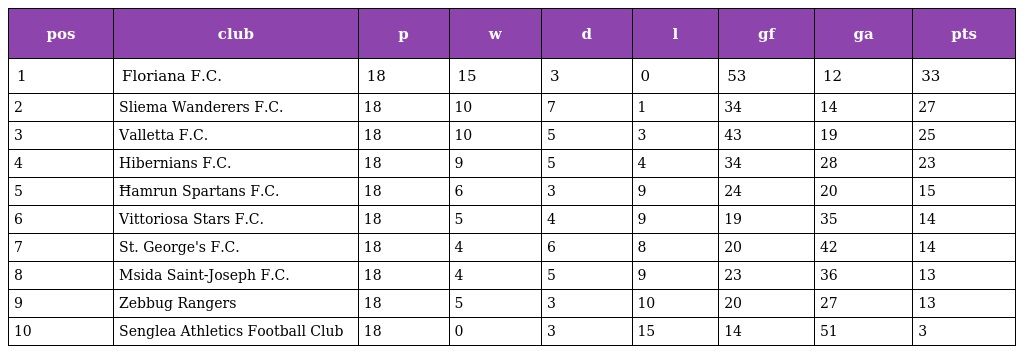
| pos | club | p | w | d | l | gf | ga | pts |
 | --- | --- | --- | --- | --- | --- | --- | --- | --- |
 | 1 | Floriana F.C. | 18 | 15 | 3 | 0 | 53 | 12 | 33 |
 | 2 | Sliema Wanderers F.C. | 18 | 10 | 7 | 1 | 34 | 14 | 27 |
 | 3 | Valletta F.C. | 18 | 10 | 5 | 3 | 43 | 19 | 25 |
 | 4 | Hibernians F.C. | 18 | 9 | 5 | 4 | 34 | 28 | 23 |
 | 5 | Ħamrun Spartans F.C. | 18 | 6 | 3 | 9 | 24 | 20 | 15 |
 | 6 | Vittoriosa Stars F.C. | 18 | 5 | 4 | 9 | 19 | 35 | 14 |
 | 7 | St. George's F.C. | 18 | 4 | 6 | 8 | 20 | 42 | 14 |
 | 8 | Msida Saint-Joseph F.C. | 18 | 4 | 5 | 9 | 23 | 36 | 13 |
 | 9 | Zebbug Rangers | 18 | 5 | 3 | 10 | 20 | 27 | 13 |
 | 10 | Senglea Athletics Football Club | 18 | 0 | 3 | 15 | 14 | 51 | 3 |